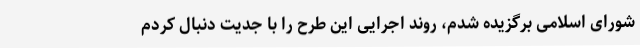
شورای اسلامی برگزیده شدم، روند اجرایی این طرح را با جدیت دنبال کردم